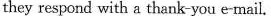
they respond with a thank-you e-mail.